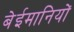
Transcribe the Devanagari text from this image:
बेईमानियों